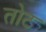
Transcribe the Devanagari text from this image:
तोट